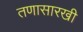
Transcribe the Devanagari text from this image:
तणासारखी